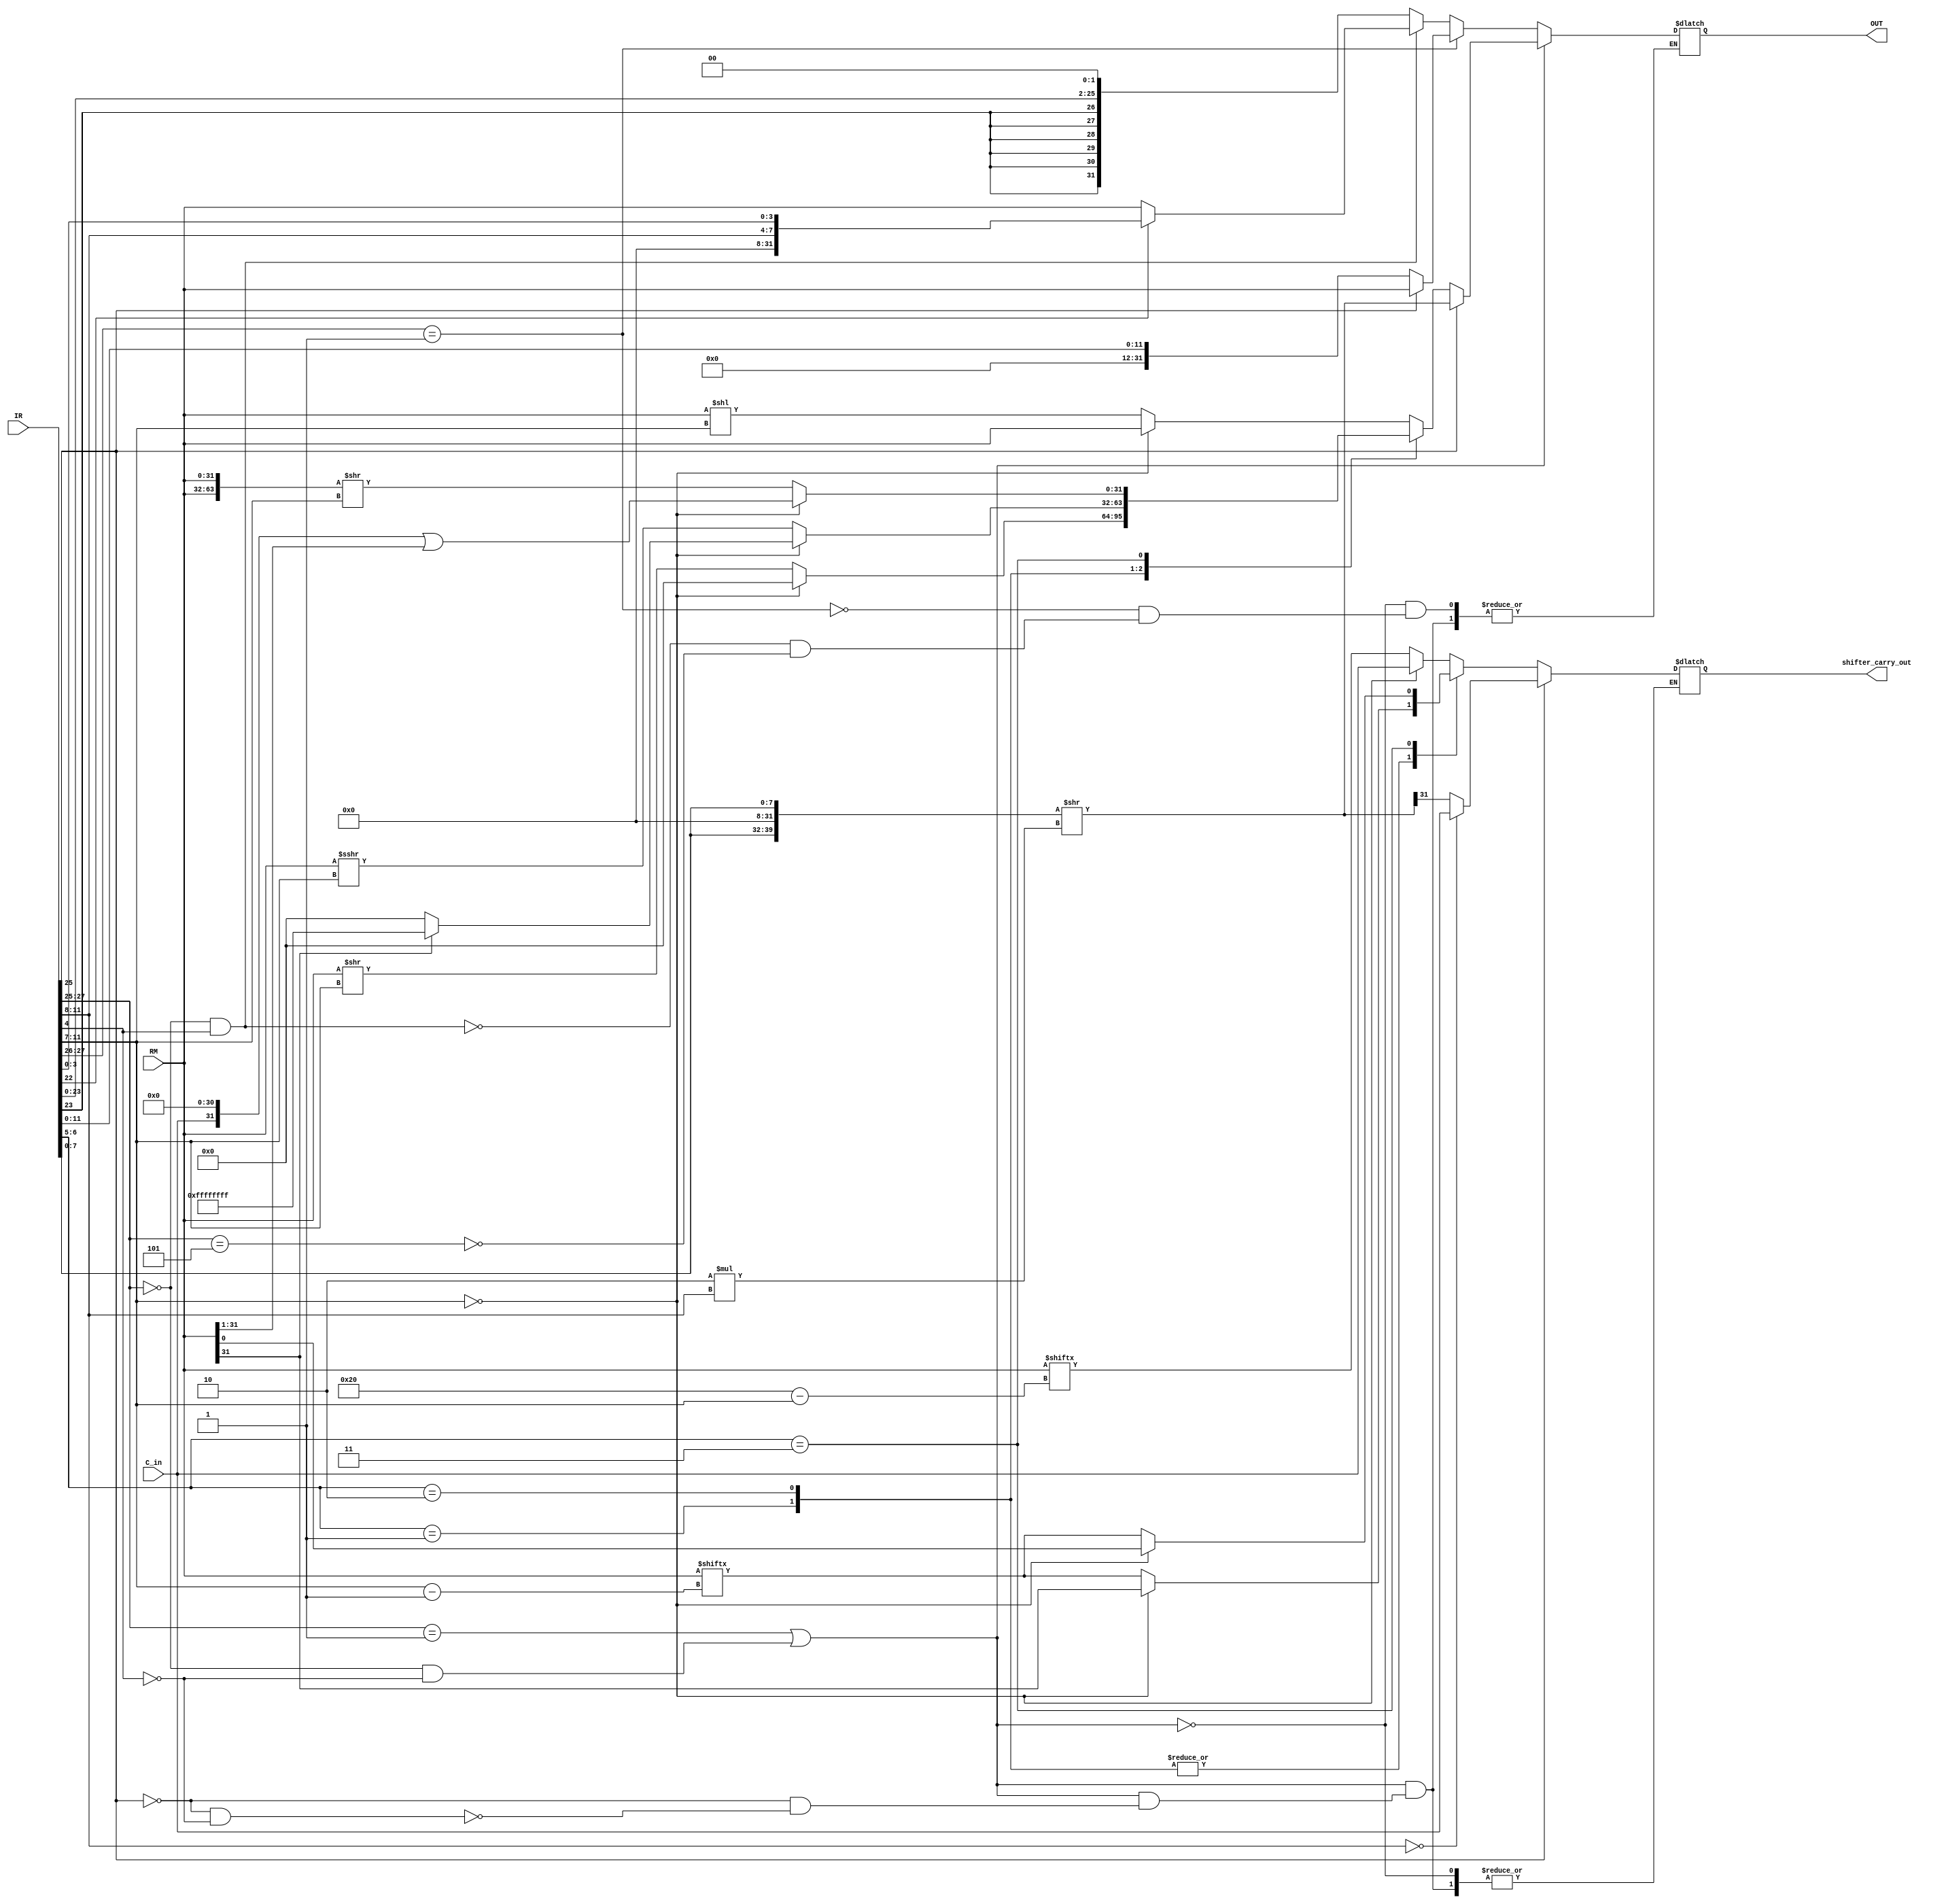
module shifter (output reg[31:0] OUT, output reg shifter_carry_out, input [31:0] IR, RM, input C_in);
    // Temporary register
    reg [31:0] temp;
    always @ (IR, RM)
        // Addressing Mode 1: Data processing
        if((IR[27:25] == 3'b001) || (IR[27:25] == 3'b000 && IR[4] == 1'b0))
            // Immediate - ARM Manual A5.1.3
            if(IR[25] == 1'b1)
                // IR[11:8] = rotate_imm
                // IR[7:0] = immed_8
                // shifter_operand = Shift immed_8 right by 2 * rotate_imm
                // Props to: http://stackoverflow.com/questions/6316653/defining-a-rightrotate-function-with-non-fixed-rotation-length
                begin
                    {temp} = IR[7:0];
                    {OUT} = {temp, temp} >> (2 * IR[11:8]);
                    // Update shifter_carry_out
                    if(IR[11:8] == 4'b0000) // Register - ARM Manual A5.1.4
                        shifter_carry_out = C_in;
                    else
                        shifter_carry_out = OUT[31];
                end
            // Shift by Immediate Shifter Operand
            else if(IR[25] == 1'b0 && IR[4] == 1'b0)
                // IR[11:7] = shift_imm.
                // IR[6:5] = shift:= LSL | LSR | ASR | ROR
                case(IR[6:5])
                    // LSL = Logical Shift Left - ARM Manual A5.1.5
                    // shifter_operand = Rm logically shifted to the left 'shift_imm' times.
                    2'b00:  if(IR[11:7] == 5'b00000)
                                begin
                                    {OUT} <= RM;
                                    shifter_carry_out <= C_in;
                                end
                            else
                                begin
                                    {OUT} <= RM << IR[11:7];
                                    shifter_carry_out <= RM[32-{IR[11:7]}];
                                end
                    // LSR = Logical Shift Right - ARM Manual A5.1.7
                    // shifter_operand = Rm logically shifted to the right 'shift_imm' times.
                    2'b01:  if(IR[11:7] == 5'b00000)
                                begin
                                    {OUT} <= 32'b0;
                                    shifter_carry_out <= RM[31];
                                end
                            else
                                begin
                                    {OUT} <= RM >> IR[11:7];
                                    shifter_carry_out <= RM[{IR[11:7]}-1];
                                end
                    // ASR = Arithmetic Shift Right - ARM Manual A5.1.9
                    // shifter_operand = Rm arithmetically shifted to the right 'shift_imm' times.
                    // Use the $signed() operator: https://groups.google.com/forum/#!topic/comp.lang.verilog/LEZ2tBLRV_E
                    2'b10:  if(IR[11:7] == 5'b00000)
                                if(RM[31] == 1'b0)
                                    begin
                                        {OUT} <= 32'b0;
                                        shifter_carry_out <= RM[31];
                                    end
                                else
                                    begin
                                        {OUT} <= 32'hFFFFFFFF;
                                        shifter_carry_out <= RM[31];
                                    end
                            else
                                begin
                                    {OUT} <= $signed(RM) >>> IR[11:7];
                                    shifter_carry_out <= RM[{IR[11:7]}-1];
                                end
                    // ROR = Rotate Right - ARM Manual A5.1.11
                    // shifter_operand = Rm rotated to the right 'shift_imm' times.
                    2'b11:  if(IR[11:7] == 5'b00000) // (Rotate right with extend - ARM Manual A5.1.13)
                                begin
                                    {OUT} <= (C_in << 31) | (RM >> 1);
                                    shifter_carry_out <= RM[0];
                                end
                            else
                                begin
                                    {OUT} <= {RM, RM} >> IR[11:7];
                                    shifter_carry_out <= RM[{IR[11:7]}-1];
                                end
                endcase
            // Error: Shift by Register Is not and will not be implemented!
            else
                $display("Error: Shift by Register Is not implemented!");
        // Addressing Mode 2: Load Store
        else if(IR[27:26] == 2'b01)
            // Immediate
            if(IR[25] == 1'b0)
                // offset = offset_12 => IR[11:0]
                {OUT} <= IR[11:0];
            // Register
            else
                // offset = content of register IR[3:0] => RM
                {OUT} <= RM;
        // Addressing Mode 3: Load Store Miscellaneous
        else if(IR[27:25] == 3'b000 && IR[4] == 1'b1)
            // Immediate
            if(IR[22] == 1'b1)
                // IR[11:8] = ImmedH
                // IR[3:0] = ImmedL
                // offset = {ImmedH, ImmedL} = offset_8
                {OUT} <= {IR[11:8], IR[3:0]};
            // Register
            else
                // offset = content of register IR[3:0] => RM
                {OUT} <= RM;
        // Addressing Mode 4: Load Store Multiple (TODO)
        // else if()
        // Addressing Mode 5: Branch and Branch & Link
        else if(IR[27:25] == 3'b101)
            // offset = IR[23:0]. range: -33554432 to +33554428
            // OUT = 4 x offset (sign extender)
            // Props to : http://excamera.com/sphinx/fpga-verilog-sign.html
            {OUT} <= {{8{IR[23]}},IR[23:0]} << 2;
        // Error: Unexpected instruction
        else
            $display("Error: Unexpected instruction");

endmodule